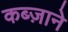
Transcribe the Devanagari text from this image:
कब्ज़ाने